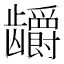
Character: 𬺖